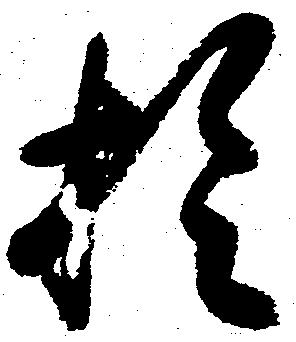
於